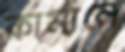
কামানে